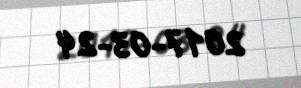
2017-03-24